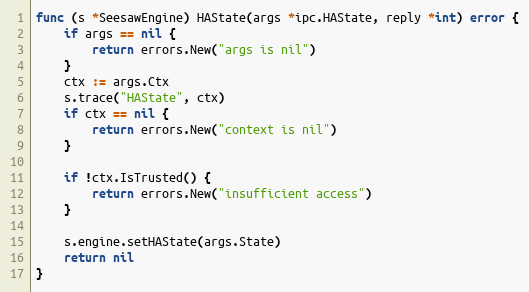
Language: Go
func (s *SeesawEngine) HAState(args *ipc.HAState, reply *int) error {
	if args == nil {
		return errors.New("args is nil")
	}
	ctx := args.Ctx
	s.trace("HAState", ctx)
	if ctx == nil {
		return errors.New("context is nil")
	}

	if !ctx.IsTrusted() {
		return errors.New("insufficient access")
	}

	s.engine.setHAState(args.State)
	return nil
}